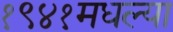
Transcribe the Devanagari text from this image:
१९४१मधल्या